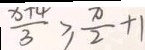
\frac { x + 4 } { 3 } \geq \frac { \pi } { 2 } + 1